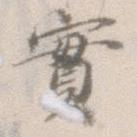
実